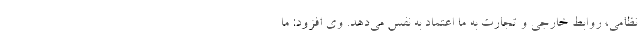
نظامی، روابط خارجی و تجارت به ما اعتماد به نفس می‌دهد. وی افزود: ما